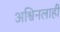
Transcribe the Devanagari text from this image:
अश्विनलाही